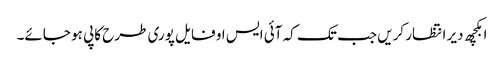
ابکچھ دیر انتظار کریں جب تک کہ آئی ایس او فایل پوری طرح کاپی ہو جائے۔